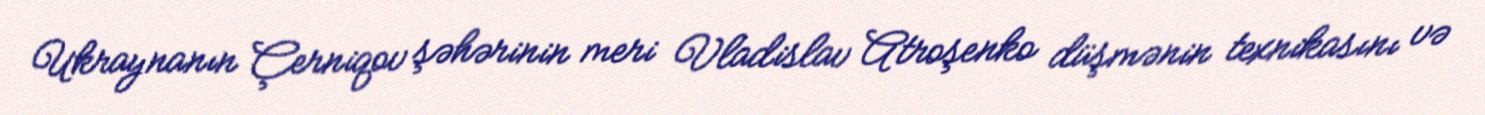
Ukraynanın Çerniqov şəhərinin meri Vladislav Atroşenko düşmənin texnikasını və